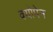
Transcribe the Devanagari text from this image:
क्योपेन